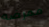
ممرضه